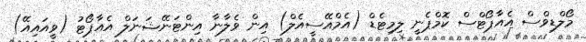
މޯލްޑިވްސް އެއާޕޯޓްސް ކޮމްޕެނީ ލިމިޓެޑް (އެމްއޭސީއެލް) އިން ވެލާނާ އިންޓަނޭޝަނަލް އެއާޕޯޓު (ވީއައިއޭ)